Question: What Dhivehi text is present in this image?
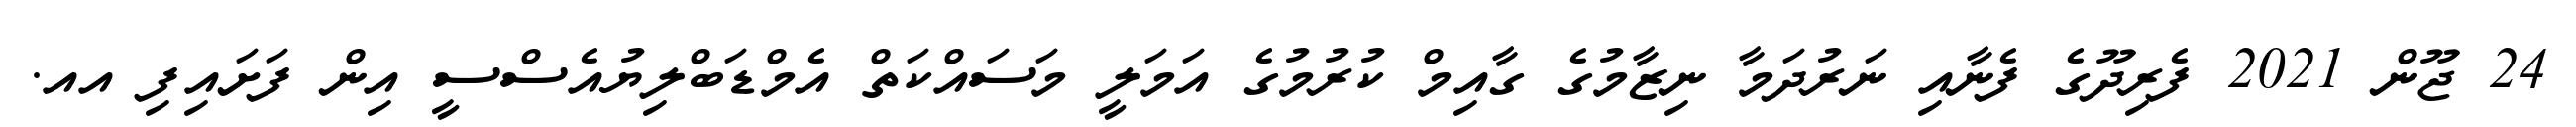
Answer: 24 ޖޫން 2021 ފެރިދޫގެ ފެނާއި ނަރުދަމާ ނިޒާމުގެ ގާއިމް ކުރުމުގެ އަމަލީ މަސައްކަތް އެމްޑަބްލިޔުއެސްސީ އިން ފަށައިފި އއ.